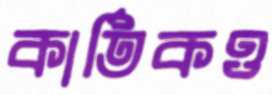
কার্তিকও